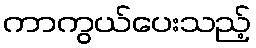
ကာကွယ်ပေးသည့်